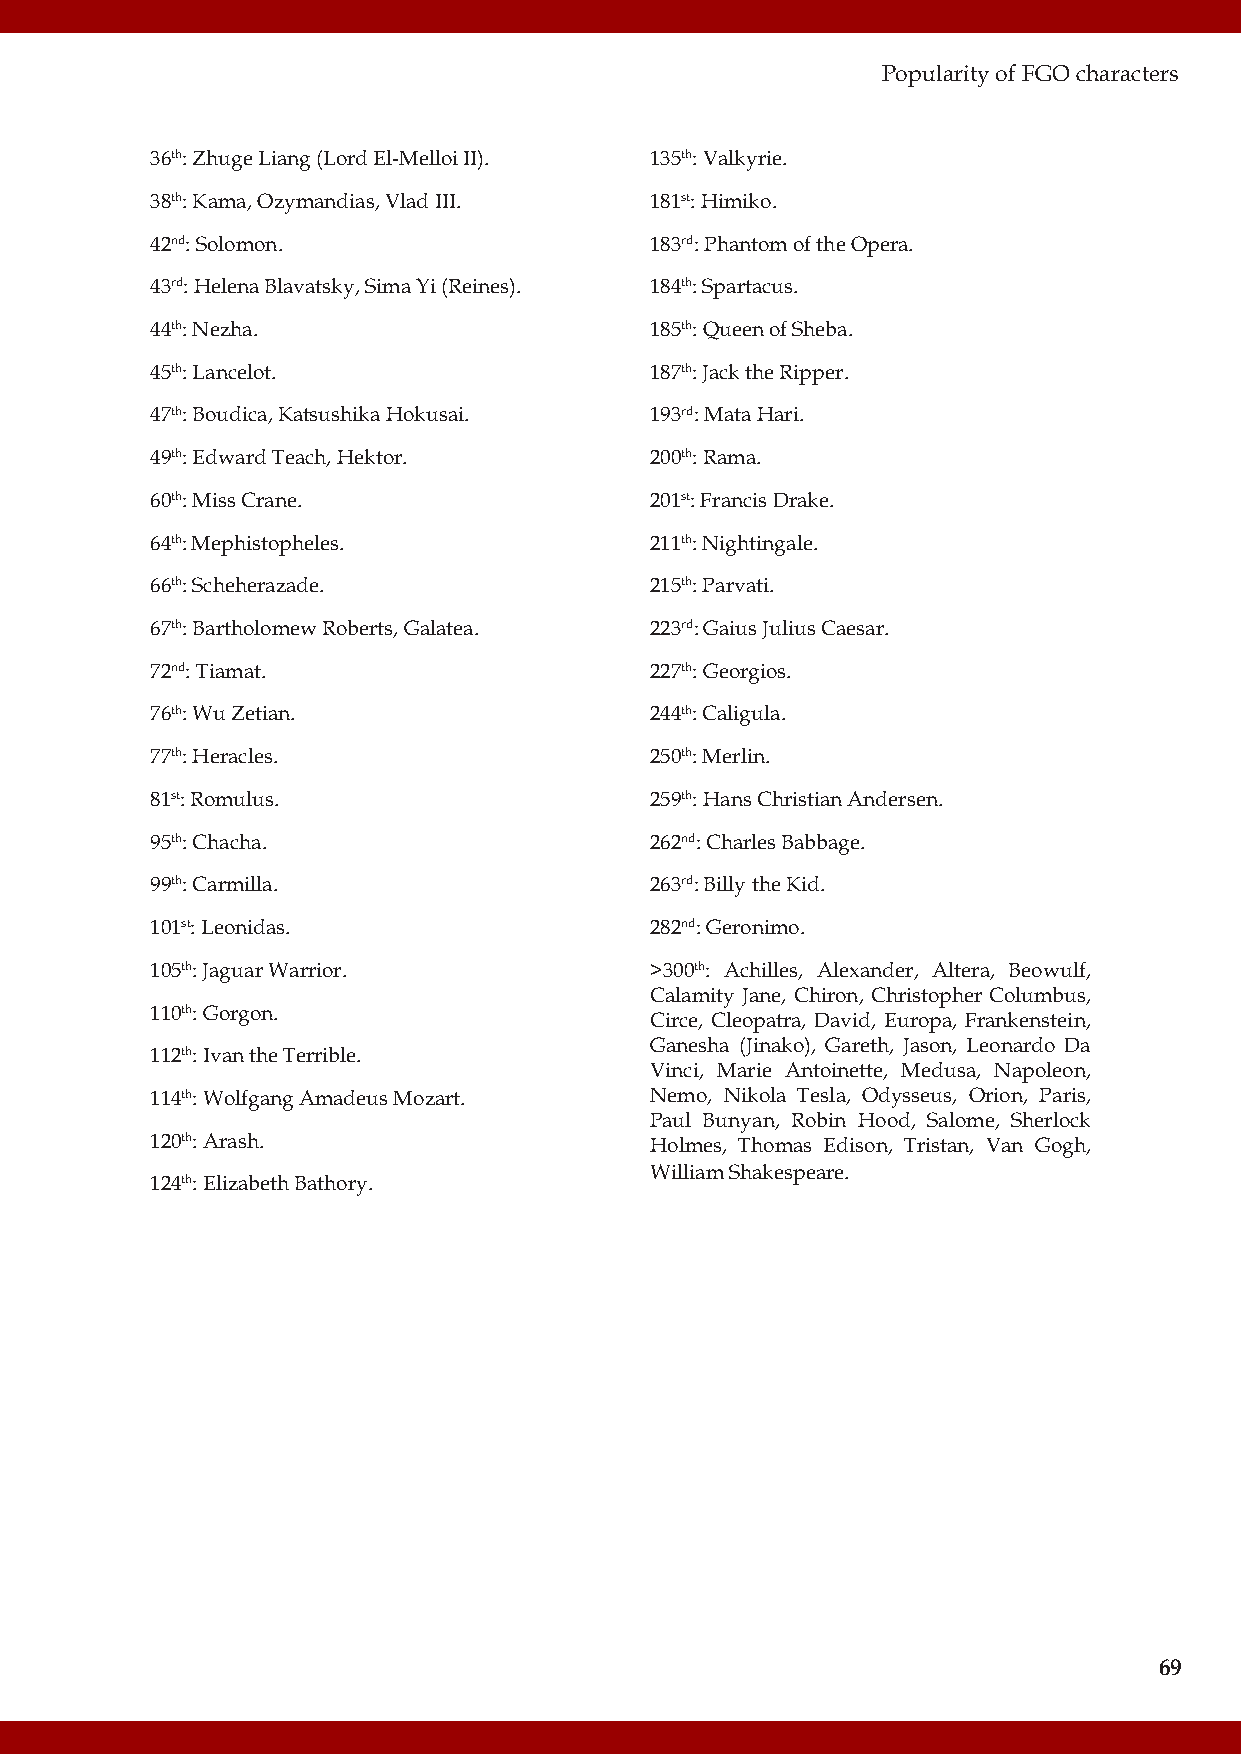
Popularity of FGO characters
 36th: Zhuge Liang (Lord El-Melloi II). 135th: Valkyrie.
 38th: Kama, Ozymandias, Vlad III. 181st: Himiko.
 42nd: Solomon.                   183rd: Phantom of the Opera.
 43rd: Helena Blavatsky, Sima Yi (Reines). 184th: Spartacus.
 44th: Nezha.                     185th: Queen of Sheba.
 45th: Lancelot.                  187th: Jack the Ripper.
 47th: Boudica, Katsushika Hokusai. 193rd: Mata Hari.
 49th: Edward Teach, Hektor.      200th: Rama.
 60th: Miss Crane.                201st: Francis Drake.
 64th: Mephistopheles.            211th: Nightingale.
 66th: Scheherazade.              215th: Parvati.
 67th: Bartholomew Roberts, Galatea. 223rd: Gaius Julius Caesar.
 72nd: Tiamat.                    227th: Georgios.
 76th: Wu Zetian.                 244th: Caligula.
 77th: Heracles.                  250th: Merlin.
 81st: Romulus.                   259th: Hans Christian Andersen.
 95th: Chacha.                    262nd: Charles Babbage.
 99th: Carmilla.                  263rd: Billy the Kid.
 101st: Leonidas.                 282nd: Geronimo.
 105th: Jaguar Warrior.           >300th: Achilles, Alexander, Altera, Beowulf,
 Calamity Jane, Chiron, Christopher Columbus,
 110th: Gorgon.
 Circe, Cleopatra, David, Europa, Frankenstein,
 Ganesha (Jinako), Gareth, Jason, Leonardo Da
 112th: Ivan the Terrible.
 Vinci, Marie Antoinette, Medusa, Napoleon,
 114th: Wolfgang Amadeus Mozart.  Nemo, Nikola Tesla, Odysseus, Orion, Paris,
 Paul Bunyan, Robin Hood, Salome, Sherlock
 120th: Arash.                    Holmes, Thomas Edison, Tristan, Van Gogh,
 William Shakespeare.
 124th: Elizabeth Bathory.
 69